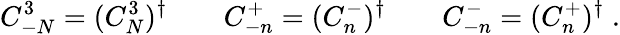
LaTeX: C_{-N}^{3}=(C_{N}^{3})^{\dagger}\qquad C_{-n}^{+}=(C_{n}^{-})^{\dagger}\qquad C_{-n}^{-}=(C_{n}^{+})^{\dagger}\; .